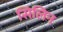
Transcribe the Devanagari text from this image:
सिलिन